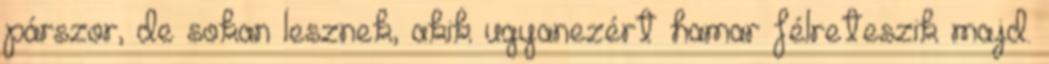
párszor, de sokan lesznek, akik ugyanezért hamar félreteszik majd.